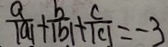
\frac { a } { \vert a \vert } + \vert \frac { b } { \vert b \vert } + \frac { \vert c \vert } { \vert c \vert } = - 3